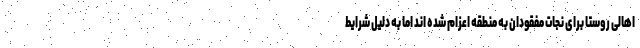
اهالی روستا برای نجات مفقودان به منطقه اعزام شده اند اما به دلیل شرایط